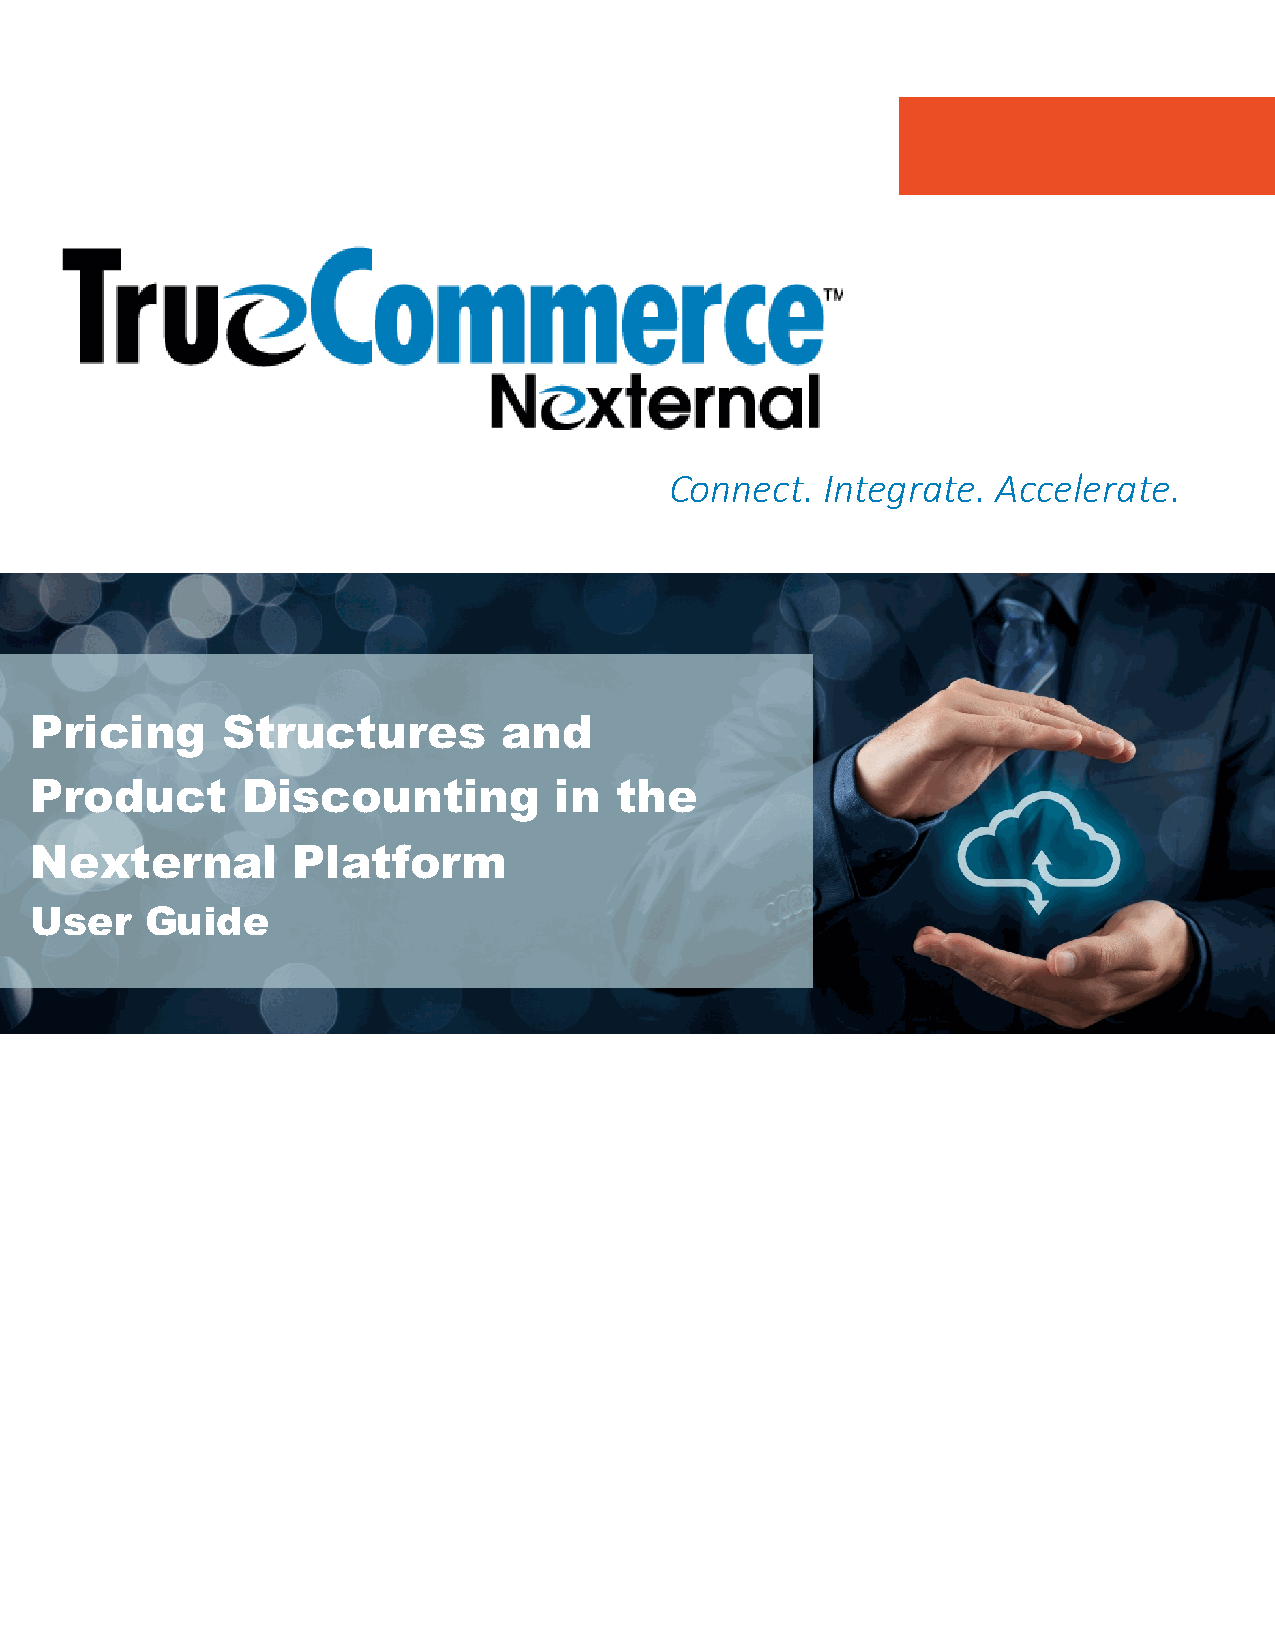
Connect.   Integrate. Accelerate.
 Pricing      Structures        and
 Product       Discounting          in  the
 Nexternal        Platform
 User    Guide